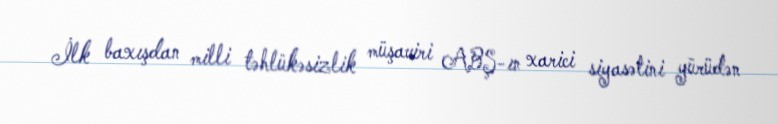
İlk baxışdan milli təhlükəsizlik müşaviri ABŞ-ın xarici siyasətini yürüdən